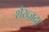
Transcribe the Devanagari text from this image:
शैख्ज़दा